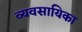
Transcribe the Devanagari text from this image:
व्यवसायिका